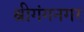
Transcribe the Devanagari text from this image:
श्रीगंगनगर